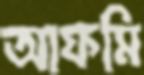
আফমি